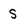
Character: S